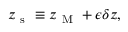
z _ { \mathrm { ~ s ~ } } \equiv z _ { \mathrm { ~ M ~ } } + \epsilon \delta z ,